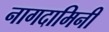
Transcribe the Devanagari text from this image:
नागदामिनी